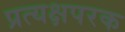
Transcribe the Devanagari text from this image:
प्रत्यक्षपरक